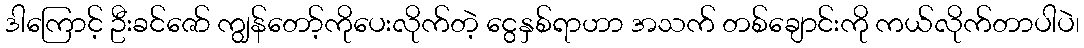
ဒါကြောင့် ဦးခင်ဇော် ကျွန်တော့်ကိုပေးလိုက်တဲ့ ငွေနှစ်ရာဟာ အသက် တစ်ချောင်းကို ကယ်လိုက်တာပါပဲ၊